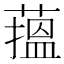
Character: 𦻲